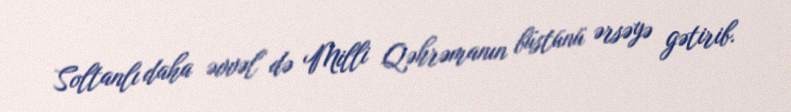
Soltanlı daha əvvəl də Milli Qəhrəmanın büstünü ərsəyə gətirib.